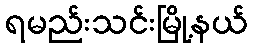
ရမည်းသင်းမြို့နယ်